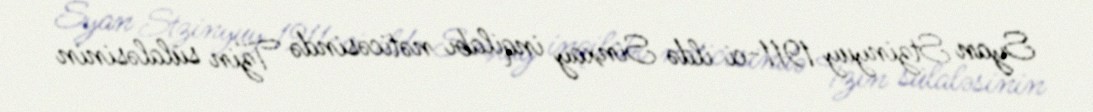
Syan Stzinyuy 1911-ci ildə Sinxay inqilabı nəticəsində Tzin sülaləsinin